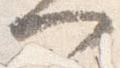
門